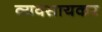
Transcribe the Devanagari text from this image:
व्यवसायकर